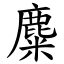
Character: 麋